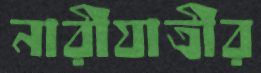
নারীযাত্রীর